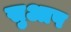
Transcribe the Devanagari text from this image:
सुआप